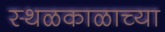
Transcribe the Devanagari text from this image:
स्थळकाळाच्या